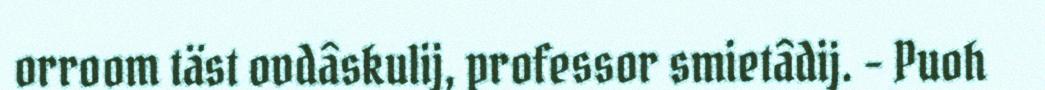
orroom täst ovdâskulij, professor smietâdij. - Puoh